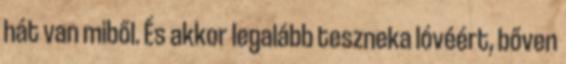
hát van miből. És akkor legalább teszneka lóvéért, bőven